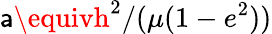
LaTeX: \mathsf{a}\equivh^{2}/(\mu(1-e^{2}))